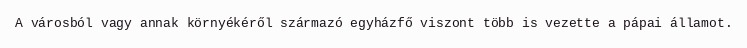
A városból vagy annak környékéről származó egyházfő viszont több is vezette a pápai államot.